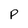
Character: p